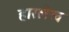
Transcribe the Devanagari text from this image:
हारलेख